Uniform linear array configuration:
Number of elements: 64
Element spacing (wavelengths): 0.25
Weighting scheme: exponential
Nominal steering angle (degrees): -30
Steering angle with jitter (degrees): -30.427
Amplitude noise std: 0.05
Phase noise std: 0.05

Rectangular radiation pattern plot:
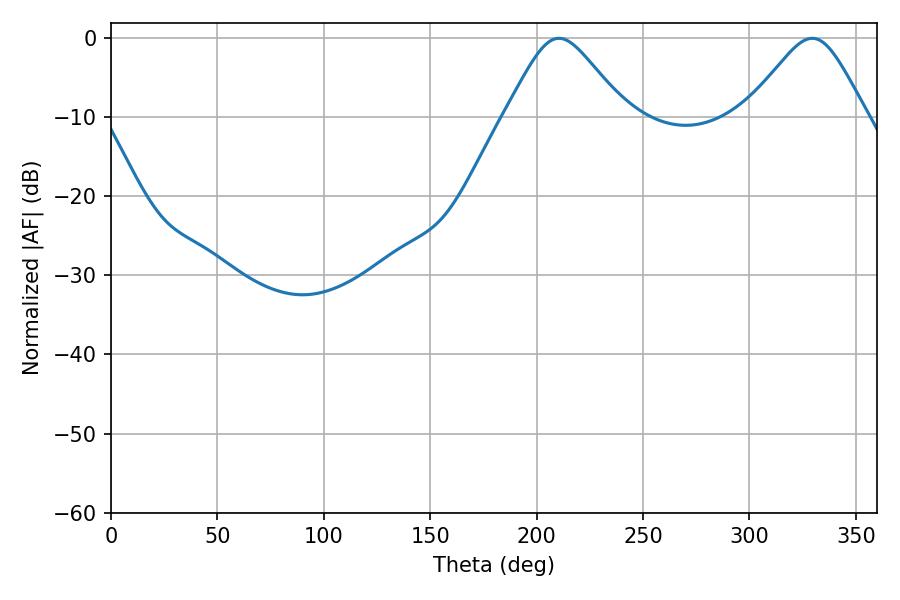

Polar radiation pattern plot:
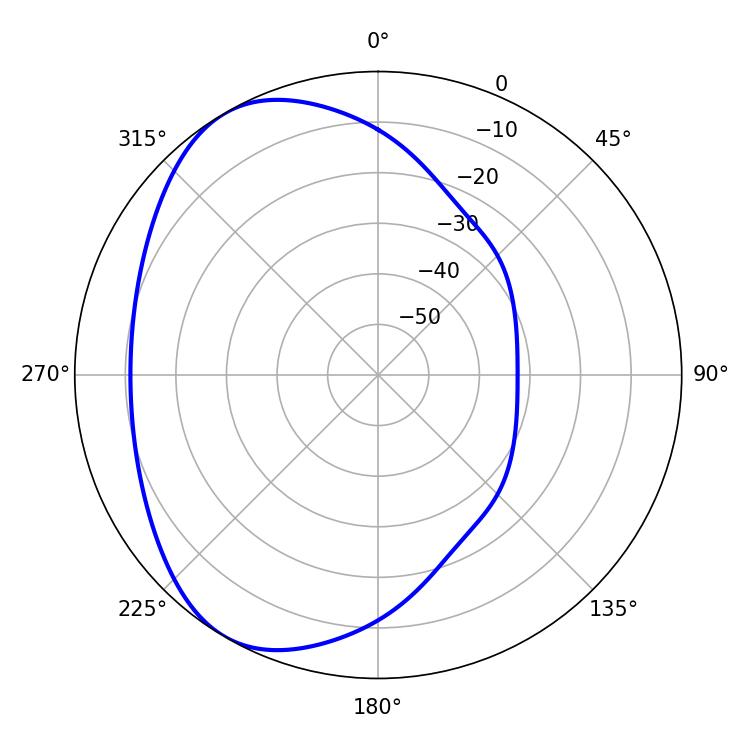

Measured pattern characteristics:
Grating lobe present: FALSE
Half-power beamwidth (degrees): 27.36
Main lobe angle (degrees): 210.42